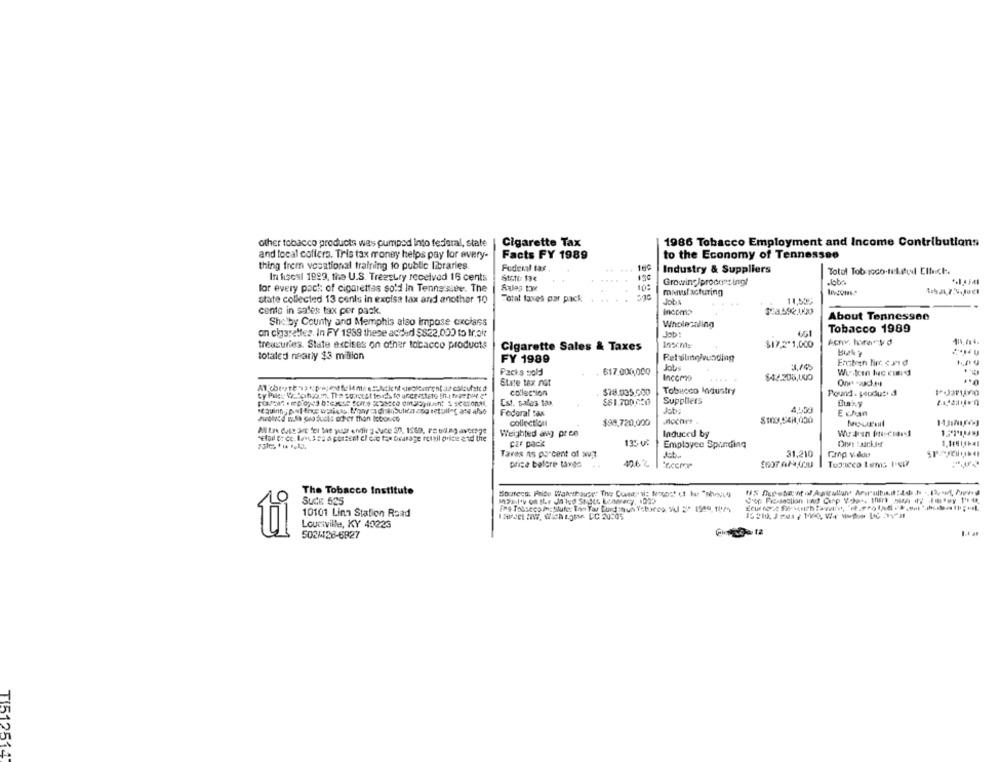
other tobacco products was pumped Into federal, state
Cigarette Tax
1986 Tobacco Employment and Income Contributions
and local coffers. Tris tax money helps pay for every-
Facts FY 1989
to the Economy of Tennessee
thing frem vocational training to public libraries
Federal tax.
....
Industry & Suppliers
Total Tob Icco-tel.pul Click.
In fiscsl 1999, the U.S. Treasury received 16 cents
Stofo 13€
130
Growing/procnet ing/
for every pack of cigarettes sold In Tennessee. The
Sales tax
10:
.. .
manufacturing
state collected 13 cents in excise tax and another 10
Total taxes par pack
JobA
conto in sales tax per pack.
Incomp
About Tennessee
Shelby County and Memphis also impose cxclass
Wholesaling
Tobacco 1989
on charettez. In FY 1989 these added $822.000 to tr,ait
Job!
$17.2-1,000
treasuries. State excises on other tobacco products
Cigarette Sales & Taxes
totaled nearly $3 million
FY 1989
Jobs
Ensteen Birr. < 3 d
Packs sold
617.000,000
State tax not
Incomo
collection
$78.035.000
Tobucco Industry
Pound. Huduti d
Est. sales tax
$$1.700,050
Suppliers
Federal tax
nochrt .
$100,548,000
collection
$99.720,000
Weighted an pr en
Induced by
CEF DOCK
135 0:
1.1:41,3+41
Employee Spending
Taras as porcent of wiu7.
31,210
Grnp v-dou
price before taxes
42.6 %
Tocco Lems I Gir
The Tobacco Institute
Suite 625
10101 Linn Station Road
Louisville, KY 40223
ti
502/128-6927
TI512514